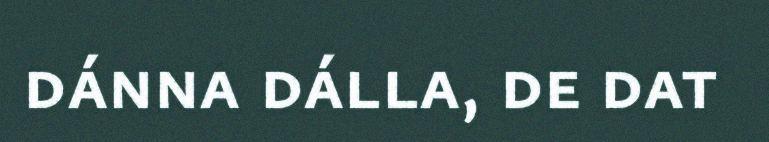
dánna dálla, de dat